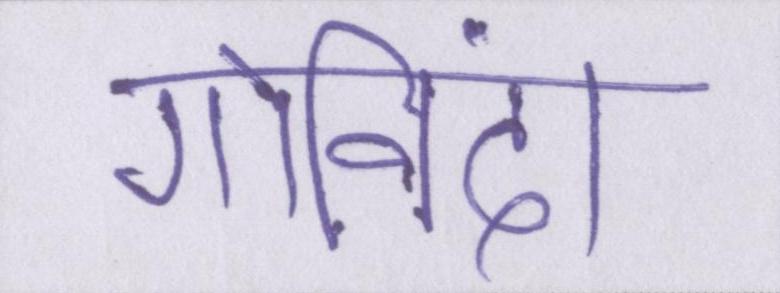
गोविंदा